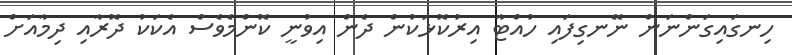
ހިނގައިގަންނަން ނޭނގިފައި ހުއްޓާ އިރުކޮޅަކުން ދެން އިވުނީ ކޮންމެވެސް އެކަކު ދޮރާއި ދިމާއަށް